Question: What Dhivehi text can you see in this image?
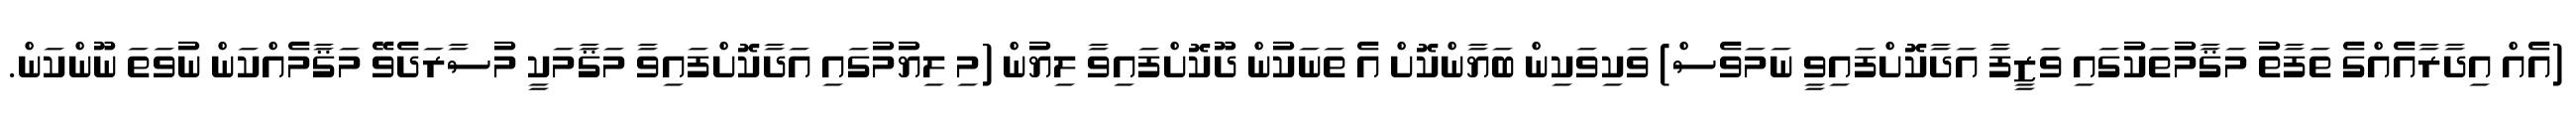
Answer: (އެއް އިދާރާއެއްގެ ތަފާތު މަޤާމުތަކުގައި ވަޒީފާ އަދާކޮށްފައިވީ ނަމަވެސް) ވަކިވަކިން ބަޔާންކޮށް އެ ތަނަކުން ދޫކޮށްފައިވާ ލިޔުން (މި ލިޔުމުގައި އަދާކޮށްފައިވާ މަޤާމަކީ މުސާރަދެވޭ މަޤާމެއްކަން ނުވަތަ ނޫންކަން.